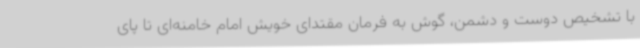
با تشخیص دوست و دشمن، گوش به فرمان مقتدای خویش امام خامنه‌ای تا پای